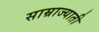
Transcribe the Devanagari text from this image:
साम्राज्याती